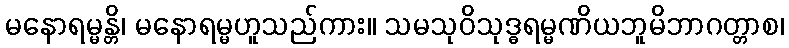
မနောရမ္မန္တိ၊ မနောရမ္မဟူသည်ကား။ သမသုဝိသုဒ္ဓရမ္မဏိယဘူမိဘာဂတ္တာစ၊